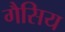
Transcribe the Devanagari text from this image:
गैसिय